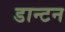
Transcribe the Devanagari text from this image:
डान्टन